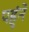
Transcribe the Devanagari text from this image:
पहुंने